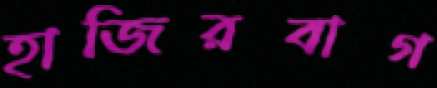
হাজিরবাগ